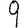
Digit: 9